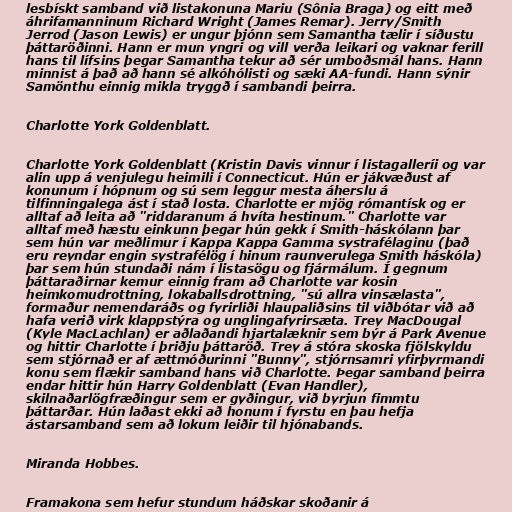
lesbískt samband við listakonuna Mariu (Sônia Braga) og eitt með
áhrifamanninum Richard Wright (James Remar). Jerry/Smith
Jerrod (Jason Lewis) er ungur þjónn sem Samantha tælir í síðustu
þáttaröðinni. Hann er mun yngri og vill verða leikari og vaknar ferill
hans til lífsins þegar Samantha tekur að sér umboðsmál hans. Hann
minnist á það að hann sé alkóhólisti og sæki AA-fundi. Hann sýnir
Samönthu einnig mikla tryggð í sambandi þeirra.

Charlotte York Goldenblatt.

Charlotte York Goldenblatt (Kristin Davis vinnur í listagalleríi og var
alin upp á venjulegu heimili í Connecticut. Hún er jákvæðust af
konunum í hópnum og sú sem leggur mesta áherslu á
tilfinningalega ást í stað losta. Charlotte er mjög rómantísk og er
alltaf að leita að "riddaranum á hvíta hestinum." Charlotte var
alltaf með hæstu einkunn þegar hún gekk í Smith-háskólann þar
sem hún var meðlimur í Kappa Kappa Gamma systrafélaginu (það
eru reyndar engin systrafélög í hinum raunverulega Smith háskóla)
þar sem hún stundaði nám í listasögu og fjármálum. Í gegnum
þáttaraðirnar kemur einnig fram að Charlotte var kosin
heimkomudrottning, lokaballsdrottning, "sú allra vinsælasta",
formaður nemendaráðs og fyrirliði hlaupaliðsins til viðbótar við að
hafa verið virk klappstýra og unglingafyrirsæta. Trey MacDougal
(Kyle MacLachlan) er aðlaðandi hjartalæknir sem býr á Park Avenue
og hittir Charlotte í þriðju þáttaröð. Trey á stóra skoska fjölskyldu
sem stjórnað er af ættmóðurinni "Bunny", stjórnsamri yfirþyrmandi
konu sem flækir samband hans við Charlotte. Þegar samband þeirra
endar hittir hún Harry Goldenblatt (Evan Handler),
skilnaðarlögfræðingur sem er gyðingur, við byrjun fimmtu
þáttarðar. Hún laðast ekki að honum í fyrstu en þau hefja
ástarsamband sem að lokum leiðir til hjónabands.

Miranda Hobbes.

Framakona sem hefur stundum háðskar skoðanir á